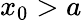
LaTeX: x_{0}>a